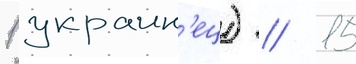
1 украин'ец) // 15